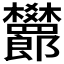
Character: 𬅙